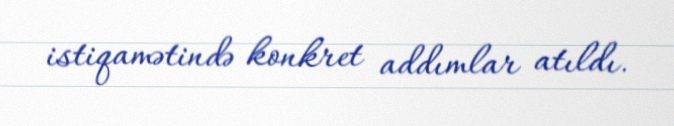
istiqamətində konkret addımlar atıldı.